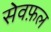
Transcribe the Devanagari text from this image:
सेवफ़ल